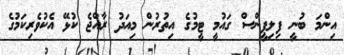
އިންމަ ބުނީ ފިލިޕީންސް ގައުމީ ޓީމުގެ އިތުރުން މިއަދު ރާއްޖެ ކުޅޭ އެކުވެރިކަމުގެ